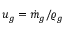
u _ { g } = \dot { m } _ { g } / \varrho _ { g }